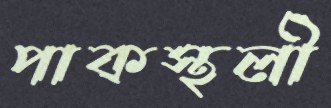
পাকস্থলী